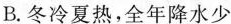
B.冬冷夏热，全年降水少